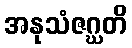
အနုသံဇဂ္ဃတိ